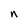
Character: n